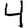
Digit: 4